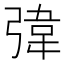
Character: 𪫀